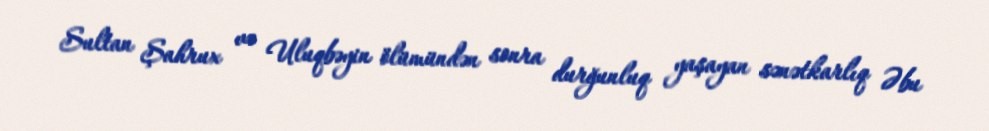
Sultan Şahrux və Uluqbəyin ölümündən sonra durğunluq yaşayan sənətkarlıq Əbu